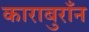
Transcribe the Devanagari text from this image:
काराबुराँन